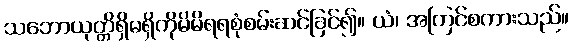
သဘောယုတ္တိရှိမရှိကိုမိမိရရစုံစမ်းဆင်ခြင်၍။ ယံ၊ အကြင်စကားသည်။